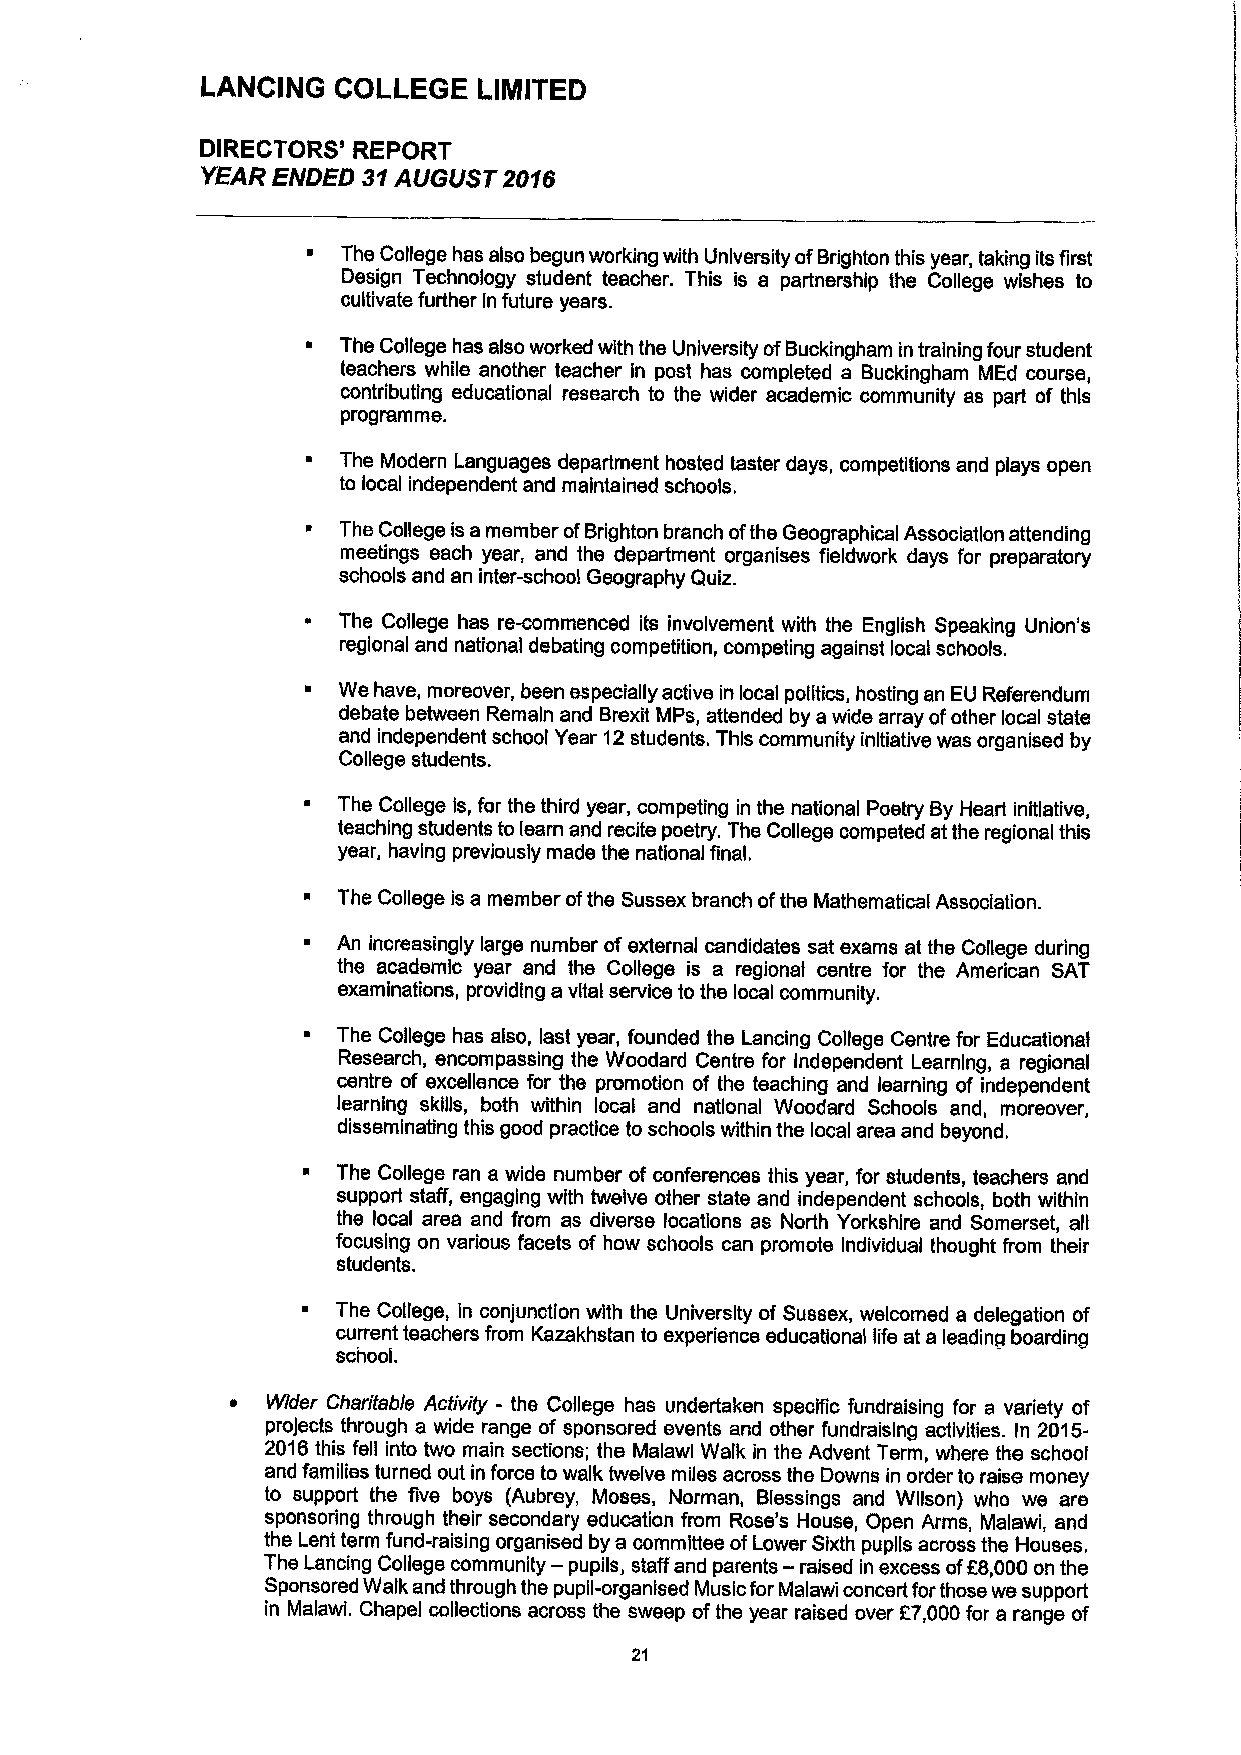
LANCING  COLLEGE   LIMITEO
 DIRECTORS' REPORT
 YEAR ENDED 31AUGUST 20'16
 The College has also begun working with University ofBrighton this year, taking its first
 Design Technology student teacher. This is a partnership the College wishes to
 cultivate further [nfuture years.
 ~  The College has also worked with the University ofBuckingham in training four student
 teachers while another teacher in post has completed a Buckingham MEd course,
 contributing educational research to the wider academic community as part of this
 programme.
 ~  The Modern Languages department hosted taster days, competitions and plays open
 to local independent and maintained schools.
 ~ The College is amember ofBrighton branch ofthe Geographical Association attending
 meetings each year, and the department organises fieldwork days for preparatory
 schools and an inter-school Geography Quiz.
 The College has re-commenced its involvement with the English Speaking Union's
 regional and national debating competition, competing against local schools.
 ~ We have, moreover, been especially active in local politics, hosting an EU Referendum
 debate between Remain and Brexit MPs, attended by awide array ofother local state
 and independent school Year 12students. This community initiative was organised by
 College students.
 ~ The College Is, for the third year, competing in the national Poetry ByHeart initiative,
 teaching students to learn and recite poetry. The College competed atthe regional this
 year, having previously made the national final.
 ~ The College is a member ofthe Sussex branch ofthe Mathematical Association.
 ~ An increasingly large number ofexternal candidates sat exams at the College during
 the academic year and the College is a regional centre for the American SAT
 examinations, providing a vital service to the local community.
 ~ The College has also, last year, founded the Lancing College Centre for Educational
 Research, encompassing the Woodard Centre for Independent Learning, a regional
 centre of excellence for the promotion of the teaching and learning of independent
 learning skills, both within local and national Woodard Schools and, moreover,
 disseminating this good practice to schools within the local area and beyond.
 ~ The College ran a wide number of conferences this year, for students, teachers and
 support staff, engaging with twelve other state and independent schools, both within
 the local area and from as diverse locations as North Yorkshire and Somerset, all
 focusing on various facets of how schools can promote Individual thought from their
 students.
 ~ The College, in conjunction with the University of Sussex, welcomed a delegation of
 current teachers from Kazakhstan to experience educational life at a leading boarding
 scnooi.
 ~  Wider Charifable Activity - the College has undertaken specific fundraising for a variety of
 projects through a wide range of sponsored events and other fundraislng activities. In 2015-
 201Bthis fell into two main sections; the Malawi Walk in the Advent Term, where the school
 and families turned out in force to walk twelve miles across the Downs in order to raise money
 to support the five boys (Aubrey, Moses, Norman, Blessings and Wilson) who we are
 sponsoring through their secondary education from Rose's House, Open Arms, Malawi, and
 the Lent term fund-raising organised by a committee ofLower Sixth pupils across the Houses.
 The Lancing College community- pupils, staff and parents — raised in excess ofE8,000on the
 Sponsored Walk and through the pupil-organised Music forMalawi concert forthose we support
 ln Malawi. Chapel collections across the sweep ofthe year raised over f7,000for a range of
 21